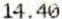
14.40